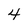
Character: 4